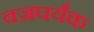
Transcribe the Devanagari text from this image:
वज्रपर्यंक